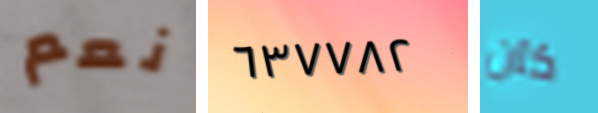
نعم ٦٣٧٧٨٢ كان